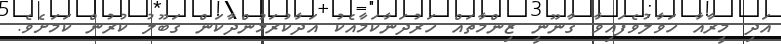
އަދި މީރާއާ ހަވާލުވެފައިވާ ގާނޫނީ ޒިންމާތައް ހަރުދަނާކަމާއެކު އަދާކުރަމުންދާކަން ގަބޫލު ކުރުން ކަމަށެވެ.